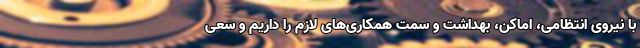
با نیروی انتظامی، اماکن، بهداشت و سمت همکاری‌های لازم را داریم و سعی